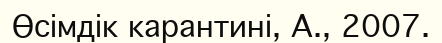
Өсімдік карантині, А., 2007.